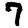
Digit: 7